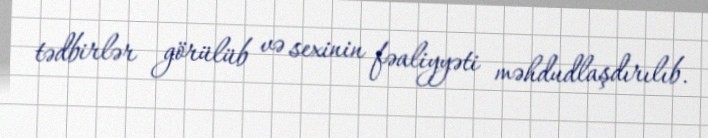
tədbirlər görülüb və sexinin fəaliyyəti məhdudlaşdırılıb.